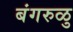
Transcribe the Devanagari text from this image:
बंगरुळु